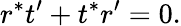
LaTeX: r^{*}t^{\prime}+t^{*}r^{\prime}=0.